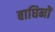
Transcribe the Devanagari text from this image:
बाघिनों